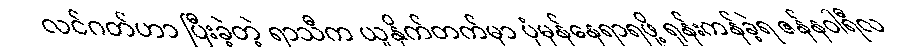
လင်ဂတ်ဟာ ပြီးခဲ့တဲ့ ရာသီက ယူနိုက်တက်မှာ ပုံမှန်နေရာရဖို့ ရုန်းကန်ခဲ့ရ ဇန်နဝါရီလ